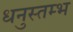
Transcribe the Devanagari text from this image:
धनुस्तम्भ